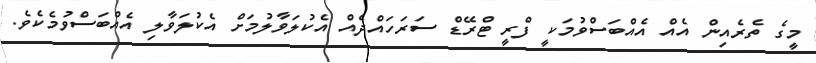
މީގެ ތެރެއިން އެއް އެއްބަސްވުމަކީ ފްރީ ޓްރޭޑް ސަރަހައްދެއް އެކުލަވާލުމަށް އެކުލަވާލި އެެއްބަސްވުމެކެވެ.